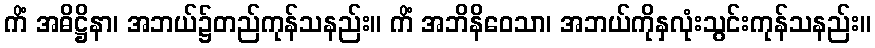
ကိံ အဓိဋ္ဌိနာ၊ အဘယ်၌တည်ကုန်သနည်း။ ကိံ အဘိနိဝေသာ၊ အဘယ်ကိုနှလုံးသွင်းကုန်သနည်း။